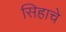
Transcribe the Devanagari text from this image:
सिहाचे